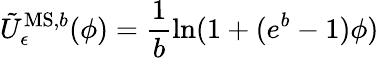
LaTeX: \tilde{U}_{\epsilon}^{\mathrm{MS,}b}(\phi)=\frac{1}{b}\mathrm{ln}(1+(e^{b}-1)\phi)